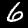
Label: 6